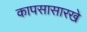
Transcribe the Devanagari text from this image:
कापसासारखे